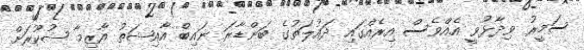
ސަމީރު ވިދާޅުވީ އެއްވެސް އިރެއްގައި ދައުލަތުގެ ބަންޑާރަ ނައިބް އާއިޝަތު އާޒިމާ ޝުކޫރަށް